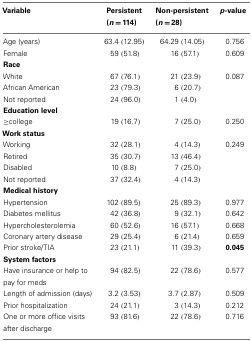
| Variable | Persistent (n = 114) | Non-persistent (n = 28) | p-value |
 | --- | --- | --- | --- |
 | Age (years) | 63.4 (12.95) | 64.29 (14.05) | 0.756 |
 | Female | 59 (51.8) | 16 (57.1) | 0.609 |
 | <COLSPAN=3> Race |
 | White | 67 (76.1) | 21 (23.9) | 0.087 |
 | African American | 23 (79.3) | 6 (20.7) |  |
 | Not reported | 24 (96.0) | 1 (4.0) |  |
 | <COLSPAN=3> Education level |
 | ≥college | 19 (16.7) | 7 (25.0) | 0.250 |
 | <COLSPAN=3> Work status |
 | Working | 32 (28.1) | 4 (14.3) | 0.249 |
 | Retired | 35 (30.7) | 13 (46.4) |  |
 | Disabled | 10 (8.8) | 7 (25.0) |  |
 | Not reported | 37 (32.4) | 4 (14.3) |  |
 | <COLSPAN=3> Medical history |
 | Hypertension | 102 (89.5) | 25 (89.3) | 0.977 |
 | Diabetes mellitus | 42 (36.8) | 9 (32.1) | 0.642 |
 | Hypercholesterolemia | 60 (52.6) | 16 (57.1) | 0.668 |
 | Coronary artery disease | 29 (25.4) | 6 (21.4) | 0.659 |
 | Prior stroke/TIA | 23 (21.1) | 11 (39.3) | 0.045 |
 | <COLSPAN=3> System factors |
 | Have insurance or help to pay for meds | 94 (82.5) | 22 (78.6) | 0.577 |
 | Length of admission (days) | 3.2 (3.53) | 3.7 (2.87) | 0.509 |
 | Prior hospitalization | 24 (21.1) | 3 (14.3) | 0.212 |
 | One or more office visits after discharge | 93 (81.6) | 22 (78.6) | 0.716 |